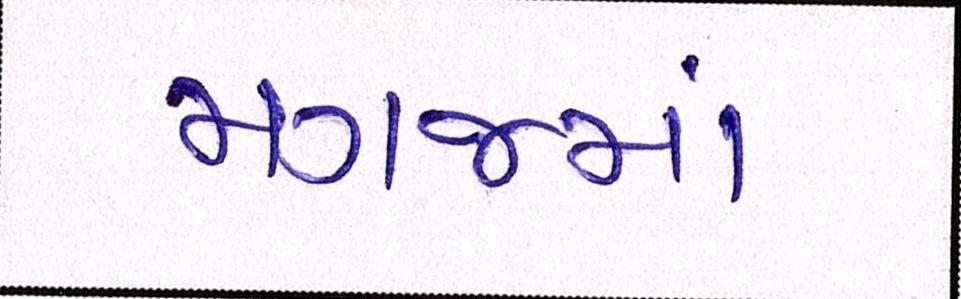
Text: મગજમાં